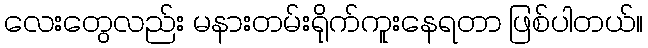
လေးတွေလည်း မနားတမ်းရိုက်ကူးနေရတာ ဖြစ်ပါတယ်။